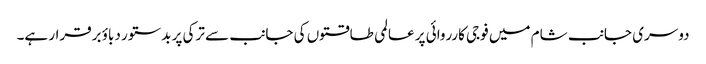
دوسری جانب شام میں فوجی کارروائی پر عالمی طاقتوں کی جانب سے ترکی پر بدستور دباؤ برقرار ہے۔